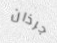
جرذان